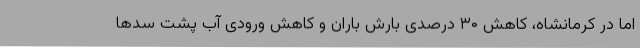
اما در کرمانشاه، کاهش ۳۰ درصدی بارش باران و کاهش ورودی آب پشت سدها